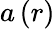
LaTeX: a\left(r\right)